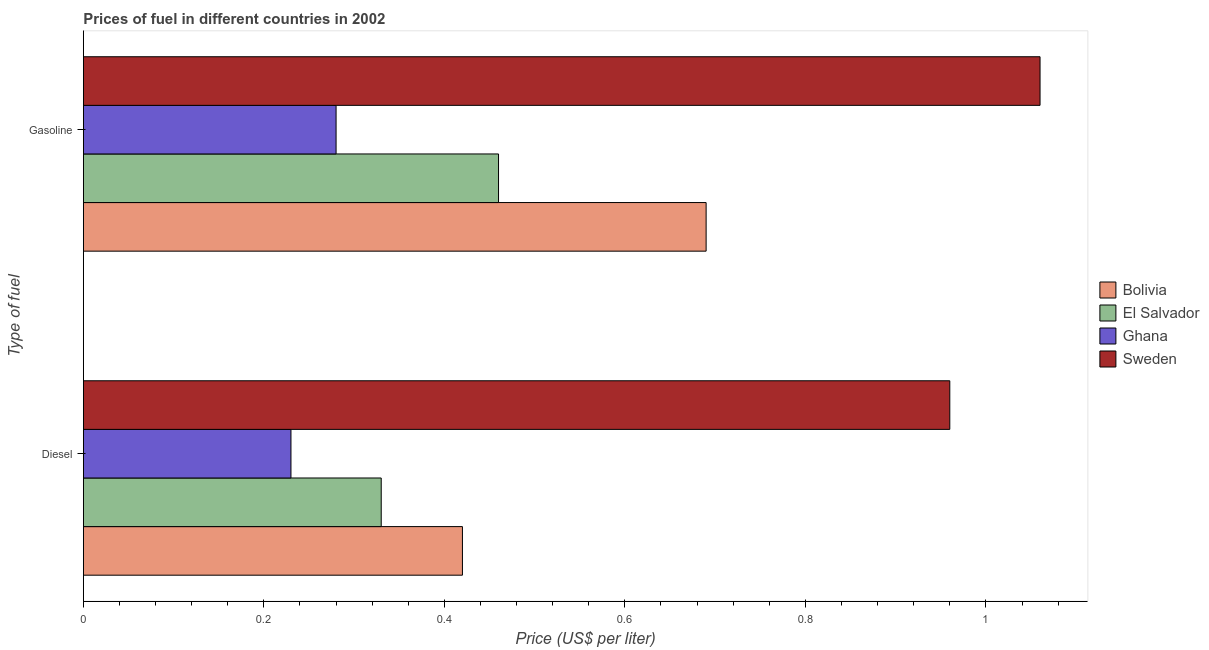
| Type of fuel | Bolivia | El Salvador | Ghana | Sweden |
 | --- | --- | --- | --- | --- |
 | Diesel | 0.42 | 0.33 | 0.23 | 0.96 |
 | Gasoline | 0.69 | 0.46 | 0.28 | 1.06 |